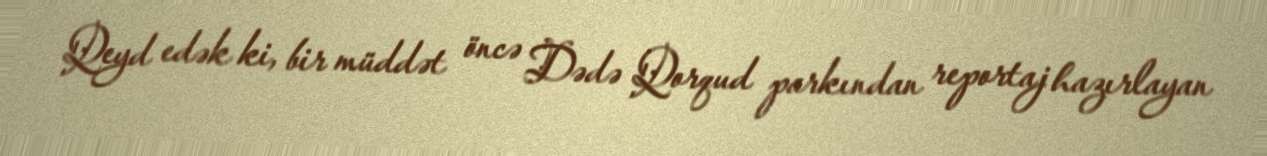
Qeyd edək ki, bir müddət öncə Dədə Qorqud parkından reportaj hazırlayan